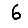
Digit: 6